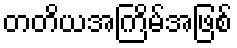
တတိယအကြိမ်အဖြစ်